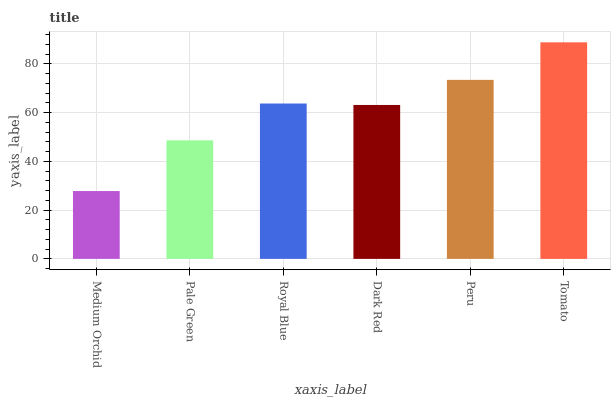
| xaxis_label | bars |
 | --- | --- |
 | Medium Orchid | 27.8 |
 | Pale Green | 48.6 |
 | Royal Blue | 63.7 |
 | Dark Red | 63.1 |
 | Peru | 73.4 |
 | Tomato | 88.8 |